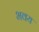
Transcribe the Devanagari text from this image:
भवय